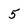
Character: 5